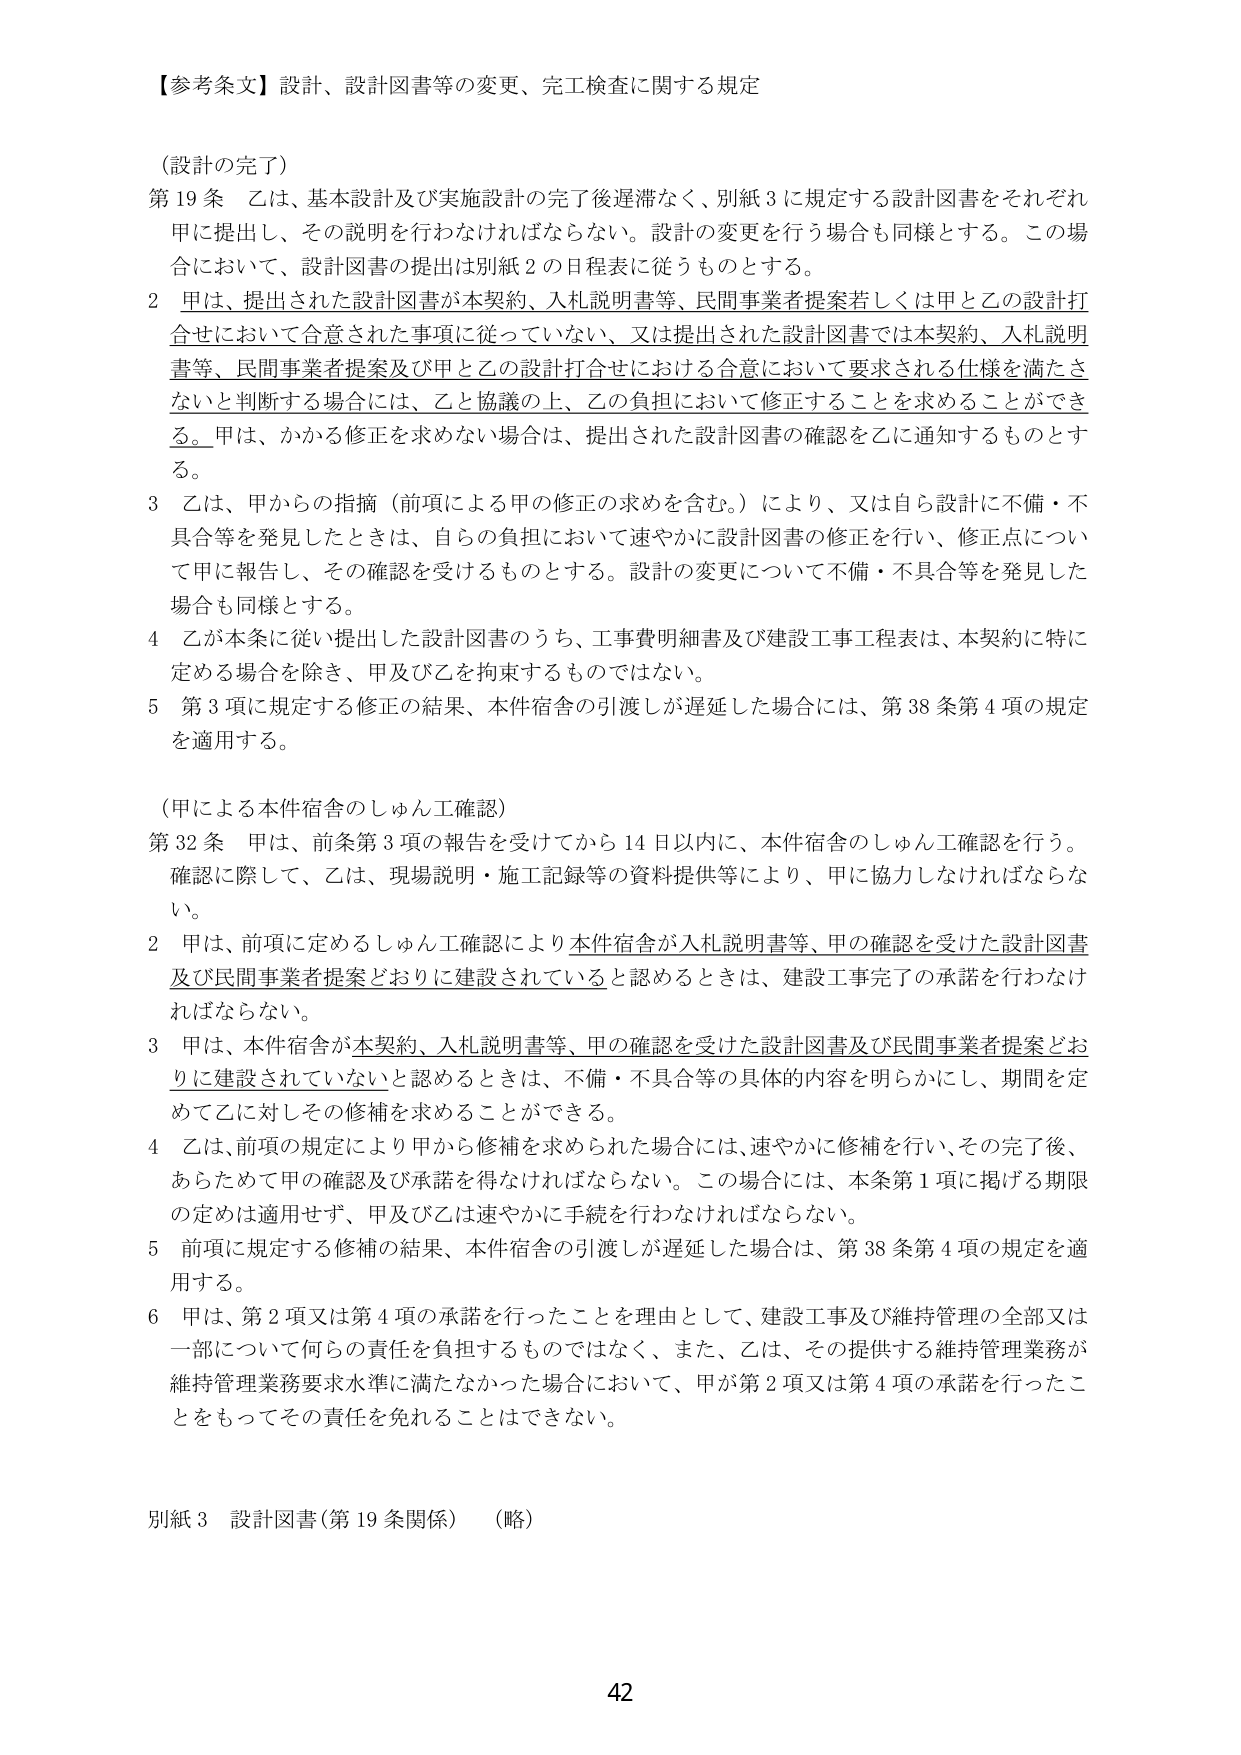
【参考条文】設計、設計図書等の変更、完工検査に関する規定

（設計の完了）
第19条 乙は、基本設計及び実施設計の完了後遅滞なく、別紙3に規定する設計図書をそれぞれ甲に提出し、その説明を行わなければならない。設計の変更を行う場合も同様とする。この場合において、設計図書の提出は別紙2の日程表に従うものとする。
2 甲は、提出された設計図書が本契約、入札説明書等、民間事業者提案若しくは甲と乙の設計打合せにおいて合意された事項に従っていない、又は提出された設計図書では本契約、入札説明書等、民間事業者提案及び甲と乙の設計打合せにおける合意において要求される仕様を満たさないと判断する場合には、乙と協議の上、乙の負担において修正することを求めることがある。甲は、かかる修正を求めない場合は、提出された設計図書の確認を乙に通知するものとする。
3 乙は、甲からの指摘（前項による甲の修正の求めを含む。）により、又は自ら設計に不備・不具合等を発見したときは、自らの負担において速やかに設計図書の修正を行い、修正点について甲に報告し、その確認を受けるものとする。設計の変更について不備・不具合等を発見した場合も同様とする。
4 乙が本条に従い提出した設計図書のうち、工事費明細書及び建設工事工程表は、本契約に特に定める場合を除き、甲及び乙を拘束するものではない。
5 第3項に規定する修正の結果、本件宿舎の引渡しが遅延した場合には、第38条第4項の規定を適用する。

（甲による本件宿舎のしゅん工確認）
第32条 甲は、前条第3項の報告を受けてから14日以内に、本件宿舎のしゅん工確認を行う。確認に際して、乙は、現場説明・施工記録等の資料提供等により、甲に協力しなければならない。
2 甲は、前項に定めるしゅん工確認により本件宿舎が入札説明書等、甲の確認を受けた設計図書及び民間事業者提案どおりに建設されていると認めるときは、建設工事完了の承諾を行わなければならない。
3 甲は、本件宿舎が本契約、入札説明書等、甲の確認を受けた設計図書及び民間事業者提案どおりに建設されていないと認めるときは、不備・不具合等の具体的内容を明らかにし、期間を定めて乙に対しその修補を求めることができる。
4 乙は、前項の規定により甲から修補を求められた場合には、速やかに修補を行い、その完了後、あらためて甲の確認及び承諾を得なければならない。この場合には、本条第1項に掲げる期限の定めは適用せず、甲及び乙は速やかに手続を行わなければならない。
5 前項に規定する修補の結果、本件宿舎の引渡しが遅延した場合は、第38条第4項の規定を適用する。
6 甲は、第2項又は第4項の承諾を行ったことを理由として、建設工事及び維持管理の全部又は一部について何らの責任を負担するものではなく、また、乙は、その提供する維持管理業務が維持管理業務要求水準に満たなかった場合において、甲が第2項又は第4項の承諾を行ったことをもってその責任を免れることはできない。

別紙3 設計図書（第19条関係） （略）

42